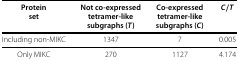
<table><thead><tr><td><b>Protein set</b></td><td><b>Not co-expressed tetramer-like subgraphs (<i>T</i>)</b></td><td><b>Co-expressed tetramer-like subgraphs (<i>C</i>)</b></td><td><b><i>C</i>/<i>T</i></b></td></tr></thead><tbody><tr><td>Including non-MIKC</td><td>1347</td><td>7</td><td>0.005</td></tr><tr><td>Only MIKC</td><td>270</td><td>1127</td><td>4.174</td></tr></tbody></table>